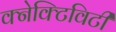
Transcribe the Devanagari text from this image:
क्नेक्टिविटी